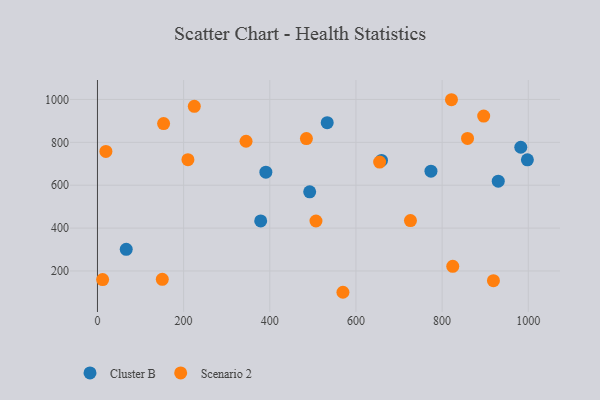
{"axis": {"x": "Study Hours", "y": "Exam Score"}, "legend": ["Cluster B", "Scenario 2"], "data": [{"x": "659.3", "y": 715.7, "type": "Cluster B"}, {"x": "66.8", "y": 300.8, "type": "Cluster B"}, {"x": "533.3", "y": 891.6, "type": "Cluster B"}, {"x": "930.3", "y": 618.8, "type": "Cluster B"}, {"x": "982.6", "y": 777.0, "type": "Cluster B"}, {"x": "390.9", "y": 660.9, "type": "Cluster B"}, {"x": "378.9", "y": 433.6, "type": "Cluster B"}, {"x": "492.6", "y": 569.0, "type": "Cluster B"}, {"x": "774.1", "y": 665.5, "type": "Cluster B"}, {"x": "997.9", "y": 718.5, "type": "Cluster B"}, {"x": "210.0", "y": 719.1, "type": "Scenario 2"}, {"x": "507.2", "y": 433.2, "type": "Scenario 2"}, {"x": "224.8", "y": 967.7, "type": "Scenario 2"}, {"x": "344.9", "y": 805.1, "type": "Scenario 2"}, {"x": "485.0", "y": 817.3, "type": "Scenario 2"}, {"x": "919.1", "y": 154.6, "type": "Scenario 2"}, {"x": "150.5", "y": 161.2, "type": "Scenario 2"}, {"x": "726.5", "y": 434.9, "type": "Scenario 2"}, {"x": "859.0", "y": 818.2, "type": "Scenario 2"}, {"x": "153.5", "y": 887.7, "type": "Scenario 2"}, {"x": "821.7", "y": 998.7, "type": "Scenario 2"}, {"x": "896.5", "y": 922.4, "type": "Scenario 2"}, {"x": "19.6", "y": 757.8, "type": "Scenario 2"}, {"x": "655.0", "y": 707.9, "type": "Scenario 2"}, {"x": "824.7", "y": 221.8, "type": "Scenario 2"}, {"x": "12.0", "y": 160.1, "type": "Scenario 2"}, {"x": "569.8", "y": 100.7, "type": "Scenario 2"}]}